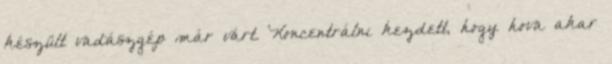
készült vadászgép már várt. Koncentrálni kezdett, hogy hova akar